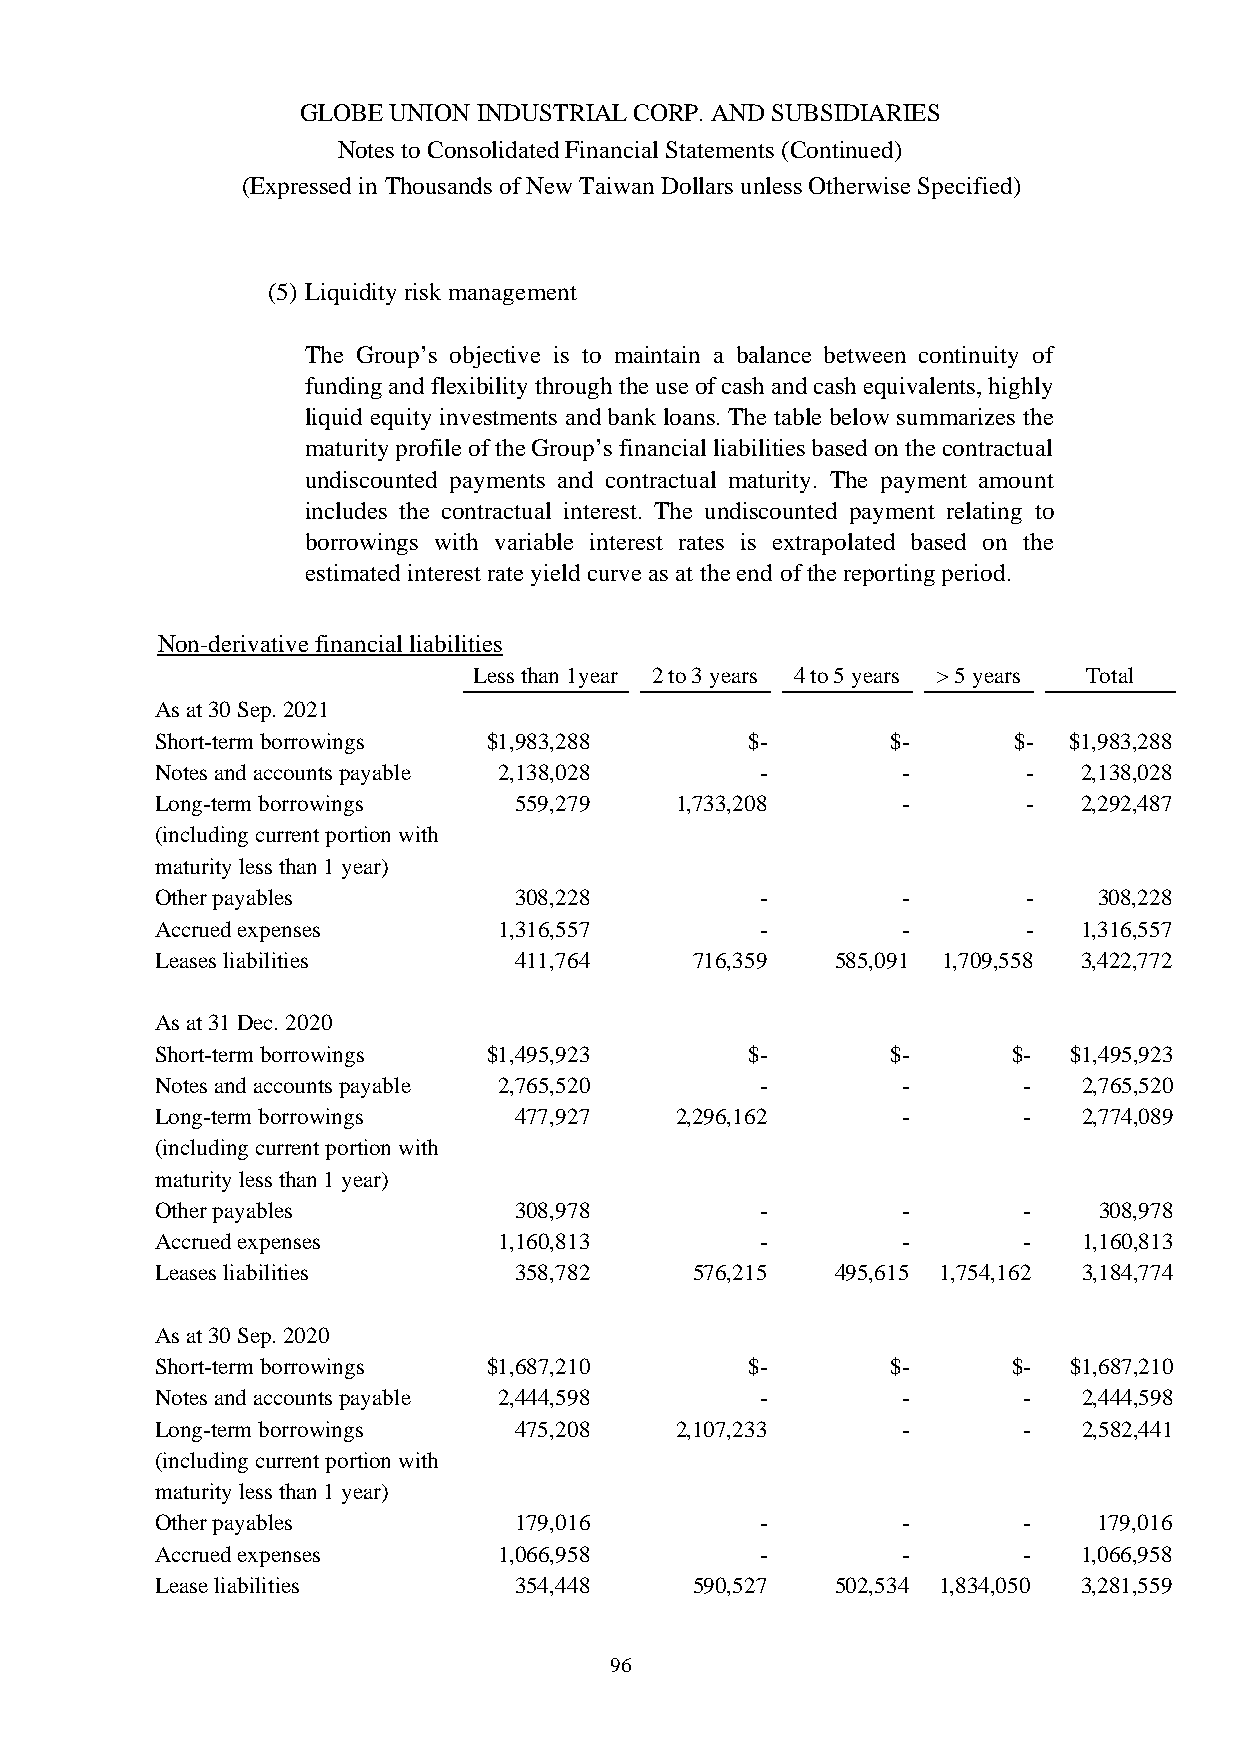
GLOBE UNION INDUSTRIAL CORP. AND SUBSIDIARIES
 Notes to Consolidated Financial Statements (Continued)
 (Expressed in Thousands of New Taiwan Dollars unless Otherwise Specified)
 (5) Liquidity risk management
 The Group’s objective is to maintain a balance between continuity of
 funding and flexibility through the use of cash and cash equivalents, highly
 liquid equity investments and bank loans. The table below summarizes the
 maturity profile of the Group’s financial liabilities based on the contractual
 undiscounted payments and contractual maturity. The payment amount
 includes the contractual interest. The undiscounted payment relating to
 borrowings with variable interest rates is extrapolated based on the
 estimated interest rate yield curve as at the end of the reporting period.
 Non-derivative financial liabilities
 Less than 1year 2 to 3 years 4 to 5 years > 5 years Total
 As at 30 Sep. 2021
 Short-term borrowings $1,983,288       $-        $-      $-  $1,983,288
 Notes and accounts payable 2,138,028    -         -       -   2,138,028
 Long-term borrowings    559,279    1,733,208      -       -   2,292,487
 (including current portion with
 maturity less than 1 year)
 Other payables          308,228         -         -       -    308,228
 Accrued expenses       1,316,557        -         -       -   1,316,557
 Leases liabilities      411,764     716,359  585,091 1,709,558 3,422,772
 As at 31 Dec. 2020
 Short-term borrowings $1,495,923       $-        $-      $-  $1,495,923
 Notes and accounts payable 2,765,520    -         -       -   2,765,520
 Long-term borrowings    477,927    2,296,162      -       -   2,774,089
 (including current portion with
 maturity less than 1 year)
 Other payables          308,978         -         -       -    308,978
 Accrued expenses       1,160,813        -         -       -   1,160,813
 Leases liabilities      358,782     576,215  495,615 1,754,162 3,184,774
 As at 30 Sep. 2020
 Short-term borrowings $1,687,210       $-        $-      $-  $1,687,210
 Notes and accounts payable 2,444,598    -         -       -   2,444,598
 Long-term borrowings    475,208    2,107,233      -       -   2,582,441
 (including current portion with
 maturity less than 1 year)
 Other payables          179,016         -         -       -    179,016
 Accrued expenses       1,066,958        -         -       -   1,066,958
 Lease liabilities       354,448     590,527  502,534 1,834,050 3,281,559
 96